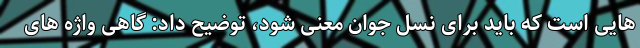
هایی است که باید برای نسل جوان معنی شود، توضیح داد: گاهی واژه های